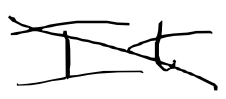
Text: It
Cross-out: diagonal
Writing tool: digital_black